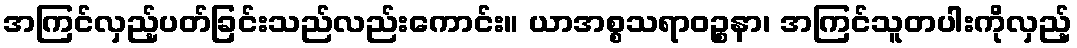
အကြင်လှည့်ပတ်ခြင်းသည်လည်းကောင်း။ ယာအစ္စသရာဝဉ္စနာ၊ အကြင်သူတပါးကိုလှည့်